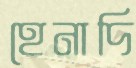
হেনাদি